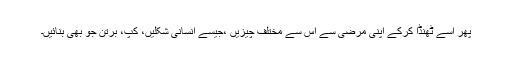
پھر اسے ٹھنڈا کرکے اپنی مرضی سے اس سے مختلف چیزیں ،جیسے انسانی شکلیں، کپ، برتن جو بھی بنائیں۔